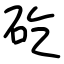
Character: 矻